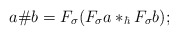
\begin{align*}a\#b=F_{\sigma}(F_{\sigma}a\ast_{\hbar}F_{\sigma}b); \end{align*}